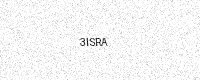
Text: 3ISRA